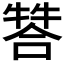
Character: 𤚻